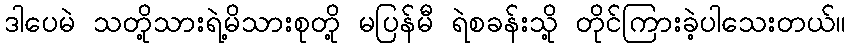
ဒါပေမဲ သတို့သားရဲ့မိသားစုတို့ မပြန်မီ ရဲစခန်းသို့ တိုင်ကြားခဲ့ပါသေးတယ်။